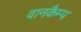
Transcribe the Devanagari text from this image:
वानकैम्प